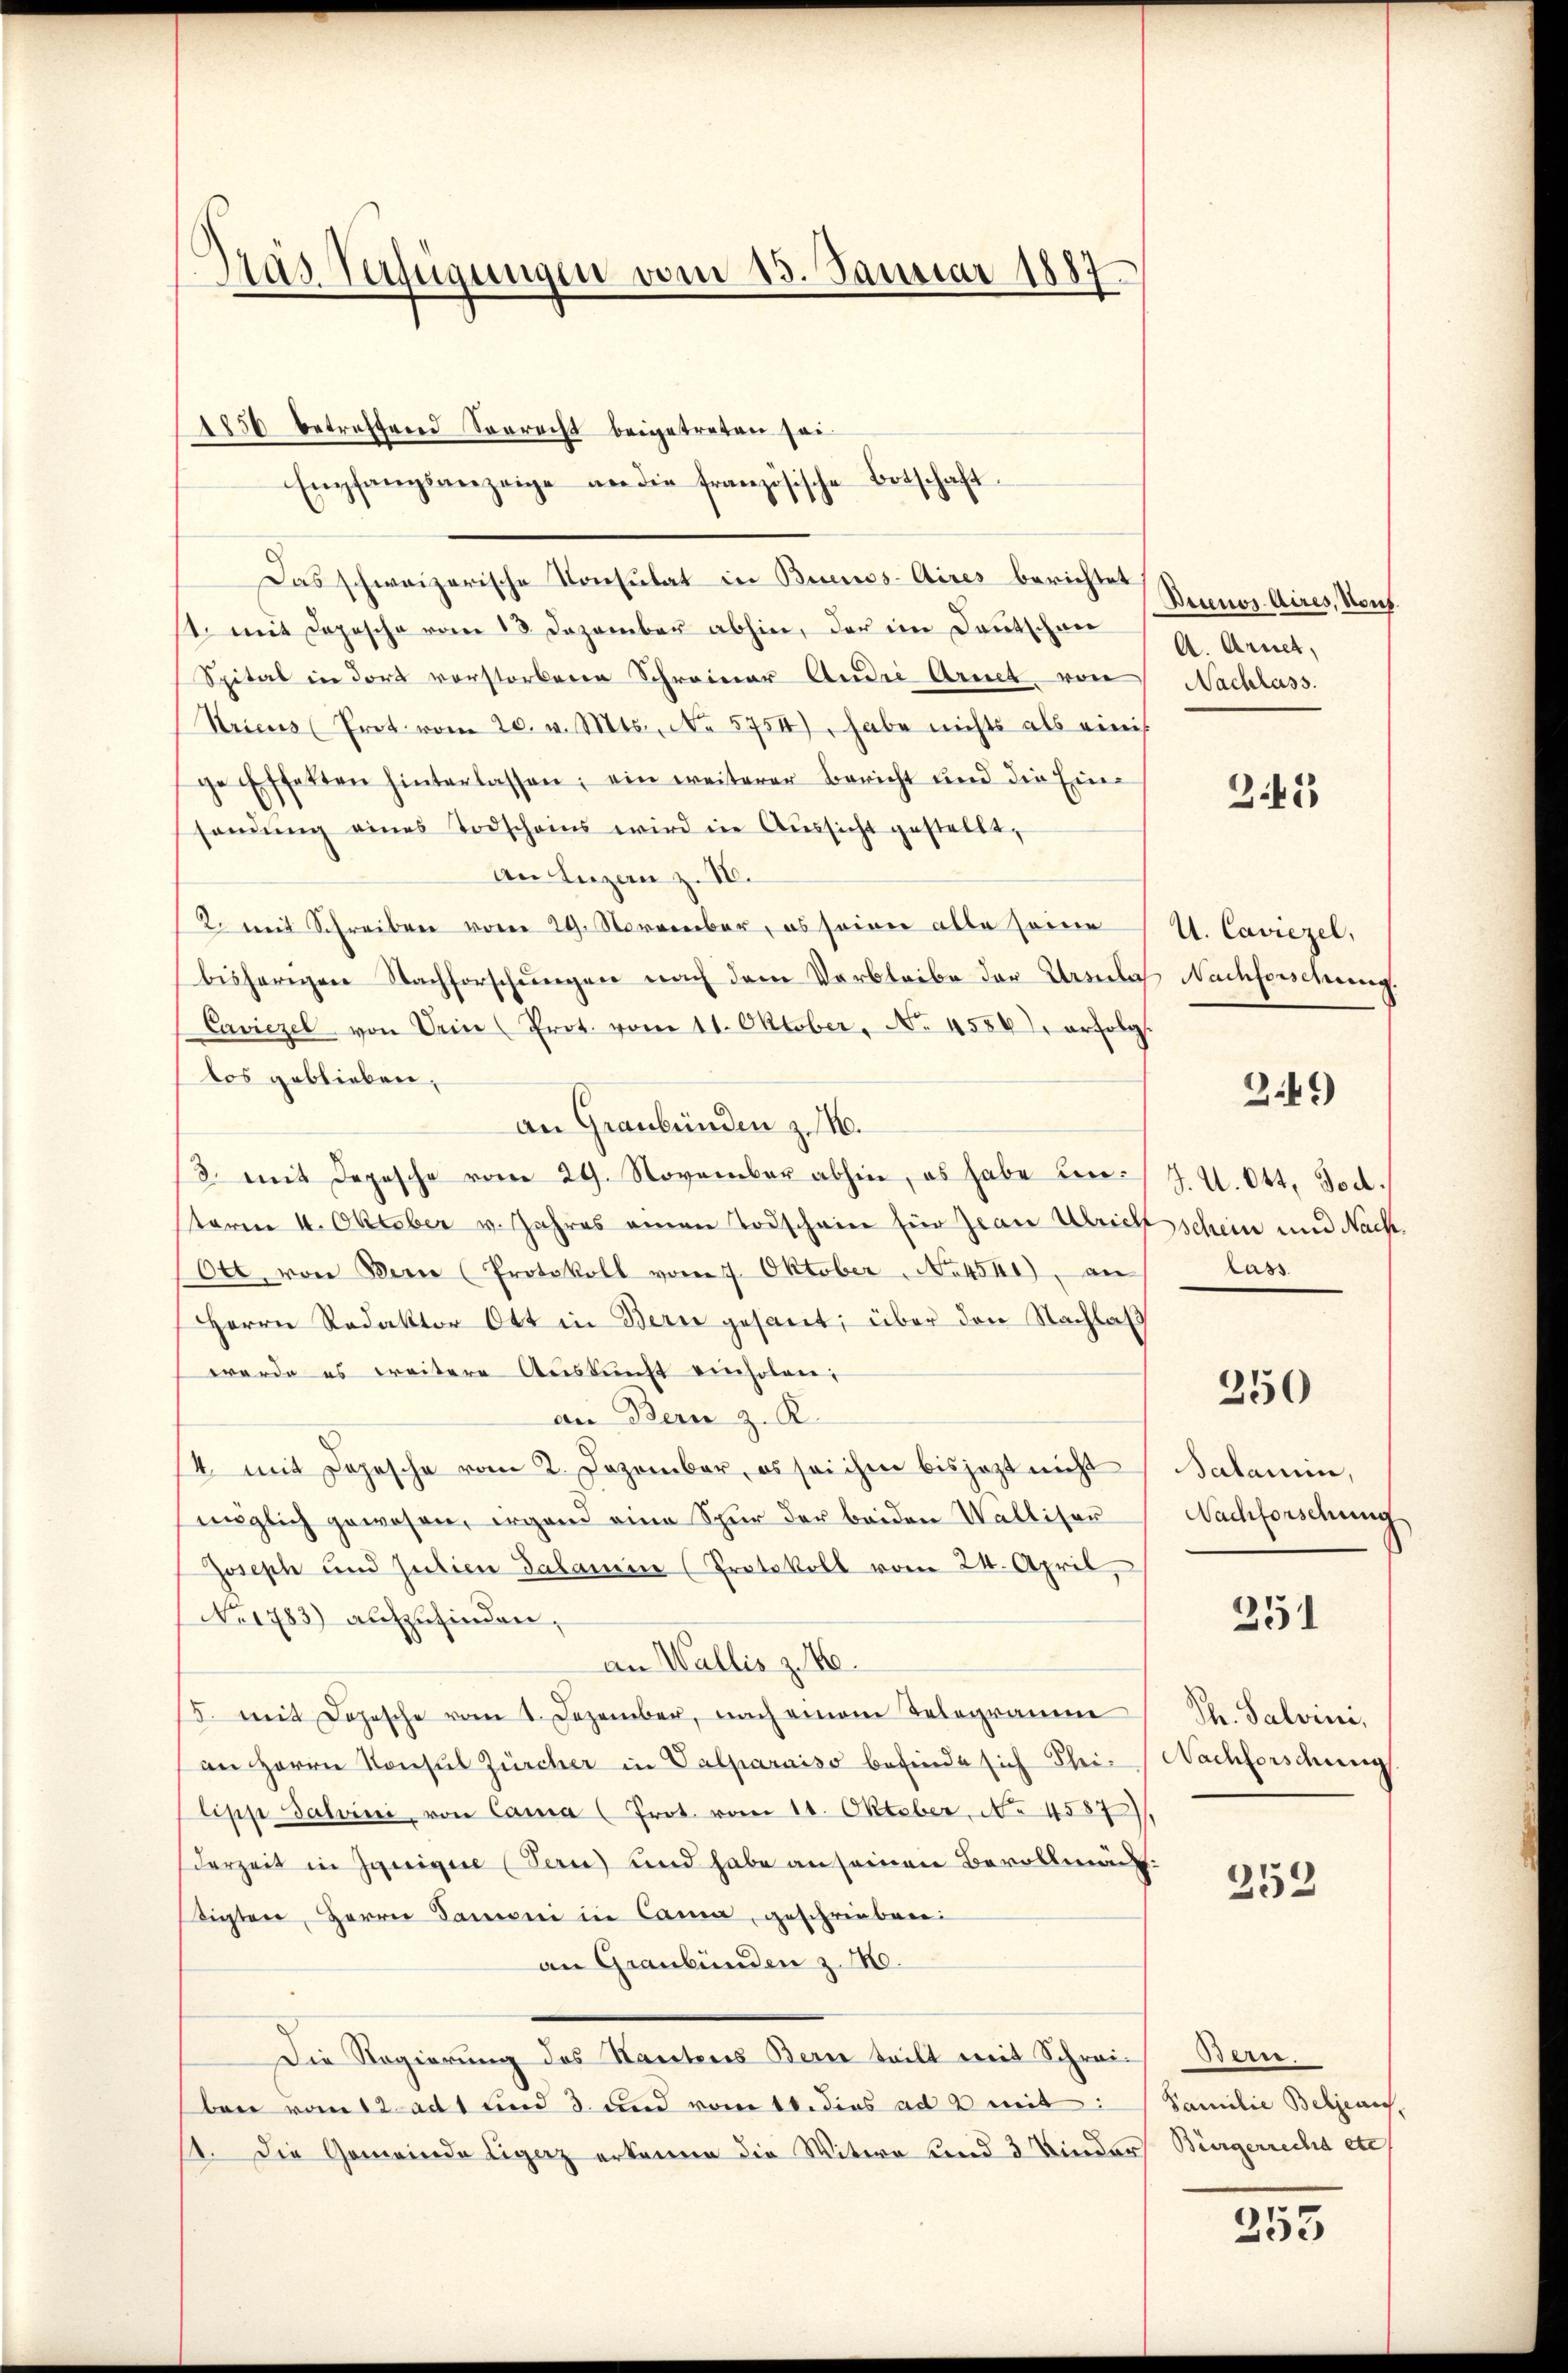
Gras Verfügungen vom 13. Januar 1887

1856 betreffend Sorrecht beigetreten sei.
Empfangsanzeige an die französische Botschaft
Das schweizerische Konsulat in Buenos-Aires berichtet
st. mit Copische vom 13. Dezember abhin, der im Deutschen
Spital in dort vorstorbene Schreiner Andre Arnet von Nachlass.
Kricus (Prot. vom 20. v. Mts., No 5754), habe nichts als eini
ge Effekten hinterlassen; ein weiterer Bericht und die Einsandŭng eines Todscheins wird in Aŭssicht gestellt,
An Luzern z. IV.
2. mit Schreiben vom 29. November, es seiner alle seine
bisherigen Nachforschŭngen nach dem Verbleibe der Ursulat Nachforschung.
Caviezel von Dein (Prot. vom 11. Oktober, No. 4556 erfolg
los geblieben,
an Graubünden z. B.
/3. mit Depesche vom 29. November abhin, es habe den J. U. Ott. Tod.
sterm 4. Oktober v. Jahres einen Todschein für Zwar Ulrich schein und Nach¬
Ott. von Bern (Protokoll vom 7. Oktober, No 454.) an
Herrn Redaktor Ott in Bern gesant; über den Nachlaß
werde es weitere Aŭskŭnft einholen;
an Bern z. K.
14 mit Depesche vom 2. Dezember, es sei ihm bis jetzt nicht
möglich gewesen, irgend eine Spur der beiden Wallisau
Joseph und Julien Salamin (Protokoll vom 24. April,
No 1783) aufzufinden,
an Wallis z. 16.
5. mit Dojesche vom 1. Dezember, nach einem Telegramm
an Herrn Konsul Zürcher in Valparuiso befinde sich Thei- Nachforschung
lipp Salvini von Cama (Prot. vom 11. Oktober, No 4587
derzeit in Jgnigine (Tan) und habe an seinen Bevollmäc
tigten, Herrn Panni in Cama, geschrieben:
an Graubünden z. No.
Die Regierung des Stantens Bern teilt mit Schrei Bern.
ben vom 12. ad 1 und 3. und vom 10. dies ad 2 mit: Familie Beljean,
11. Die Gemeinde Eigenz erkenne die Witwe und 3 Kinder Bürgerrecht etc.

Decenos Aires, Nous
A. Arnet,

3.42)

U. Caviezel,

349

lass

250

Salamin,
Nachforschung

251

Th. Salvini,

253

253